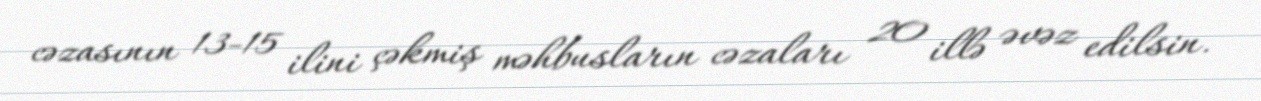
cəzasının 13-15 ilini çəkmiş məhbusların cəzaları 20 illə əvəz edilsin.